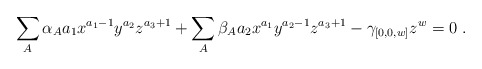
\begin{align*}\sum_{A} \alpha_A a_1 x^{a_1 -1} y^{a_2} z^{a_3+1} + \sum_{A} \beta_A a_2 x^{a_1 } y^{a_2-1} z^{a_3+1} - \gamma_{[0,0,w]} z^w = 0 \;. \end{align*}